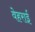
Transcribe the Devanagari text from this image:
वेहराई